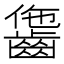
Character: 𪘗